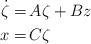
LaTeX: \begin{align*}\begin{aligned}\dot{\zeta} = &\, A \zeta + B z\\x =&\, C\zeta\end{aligned}\end{align*}